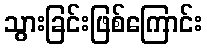
သွားခြင်းဖြစ်ကြောင်း